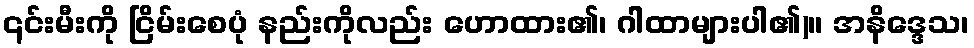
၎င်းမီးကို ငြိမ်းစေပုံ နည်းကိုလည်း ဟောထား၏၊ ဂါထာများပါ၏)။ အနိဒ္ဒေသ၊